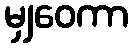
မျှဝေကာ